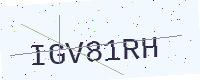
Text: IGV81RH